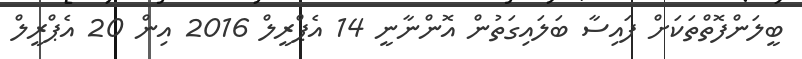
ބީލަންފޮތްތަކަށް ފައިސާ ބަލައިގަތުން އޮންނާނީ 14 އެޕްރީލް 2016 އިން 20 އެޕްރީލް